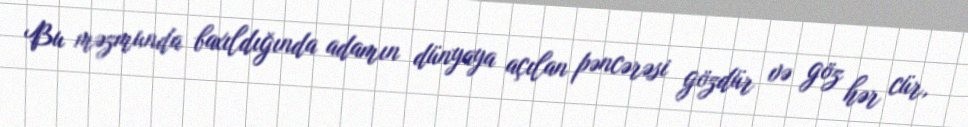
Bu məzmunda baxıldığında adamın dünyaya açılan pəncərəsi gözdür və göz hər cür,